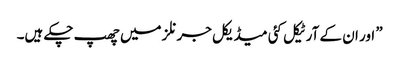
” اور ان کے آرٹیکل کئی میڈیکل جرنلز میں‌ چھپ چکے ہیں۔